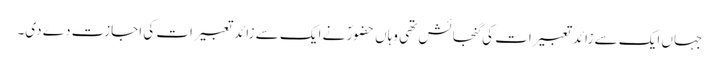
جہاں ایک سے زائد تعبیرات کی گنجائش تھی وہاں حضورؐ نے ایک سے زائد تعبیرات کی اجازت دے دی۔